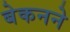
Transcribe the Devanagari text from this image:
बेकनने